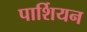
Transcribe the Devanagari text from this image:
पार्शियन